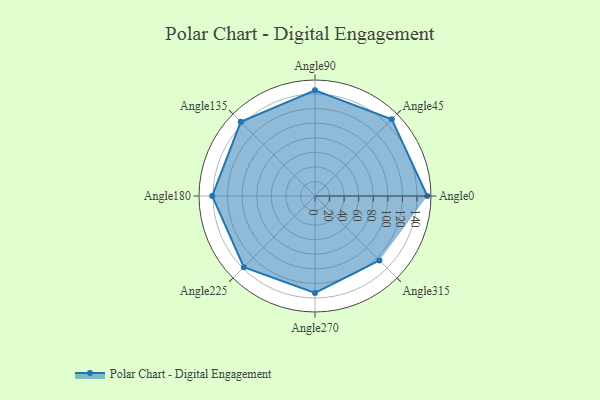
{"axis": {"x": "Angle", "y": "Radius"}, "legend": [""], "data": [{"x": "Angle0", "y": 154.0, "type": ""}, {"x": "Angle45", "y": 149.0, "type": ""}, {"x": "Angle90", "y": 145.0, "type": ""}, {"x": "Angle135", "y": 144.0, "type": ""}, {"x": "Angle180", "y": 141.0, "type": ""}, {"x": "Angle225", "y": 138.0, "type": ""}, {"x": "Angle270", "y": 133.0, "type": ""}, {"x": "Angle315", "y": 125.0, "type": ""}]}